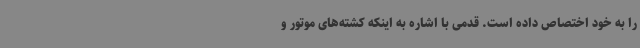
را به خود اختصاص داده است. قدمی با اشاره به اینکه کشته‌های موتور و